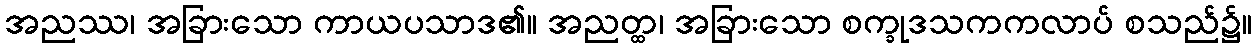
အညဿ၊ အခြားသော ကာယပသာဒ၏။ အညတ္ထ၊ အခြားသော စက္ခုဒသကကလာပ် စသည်၌။